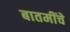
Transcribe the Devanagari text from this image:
बातमींचे